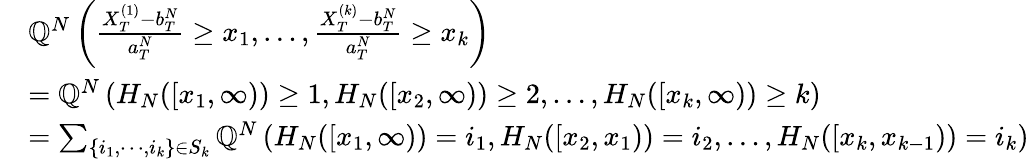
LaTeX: \begin{array}{rl}&{{\mathbb Q}^{N}\left(\frac{X_{T}^{(1)}-b_{T}^{N}}{a_{T}^{N}}\geq x_{1},\ldots,\frac{X_{T}^{(k)}-b_{T}^{N}}{a_{T}^{N}}\geq x_{k}\right)}\\ &{={\mathbb Q}^{N}\left(H_{N}([x_{1},\infty))\geq 1,H_{N}([x_{2},\infty))\geq 2,\ldots,H_{N}([x_{k},\infty))\geq k\right)}\\ &{=\sum_{\{ i_{1},\cdots,i_{k}\} \in S_{k}}{\mathbb Q}^{N}\left(H_{N}([x_{1},\infty))=i_{1},H_{N}([x_{2},x_{1}))=i_{2},\ldots,H_{N}([x_{k},x_{k-1}))=i_{k}\right)}\end{array}